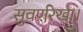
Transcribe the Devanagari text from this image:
सुवर्णरेखा।